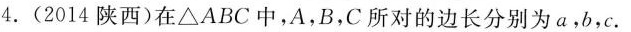
4.(2014陕西)在\bigtriangleup ABC中，A，B，C所对的边长分别为a，b，c。